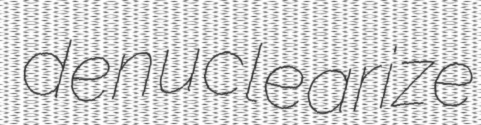
denuclearize